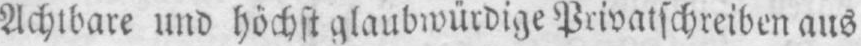
und höchst glaubwürdige Privatschreiben aus